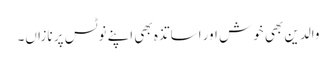
والدین بھی خوش اور اساتذہ بھی اپنے نوٹس پر نازاں۔